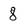
Character: 8